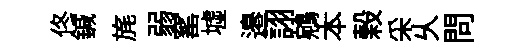
佟鍼旄弱窰墟邉詡鵷本榖采乆問